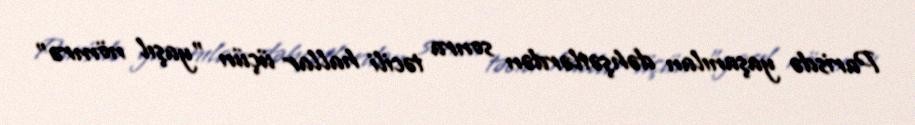
Parisdə yaşanılan dəhşətlərdən sonra təcili hallar üçün "yaşıl nömrə"